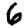
Digit: 6